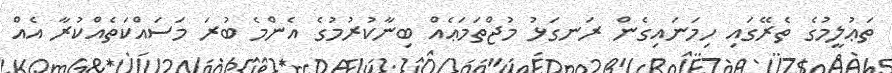
ތަޢުލީމުގެ ތެރޭގައި ހިމަނައިގެން ރަނގަޅު މުޖްތަމަޢެއް ބިނާކުރުމުގެ އެންމެ ބުރަ މަސައްކަތެއްކުރާ އެެއް